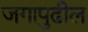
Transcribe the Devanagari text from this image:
जगापुढील